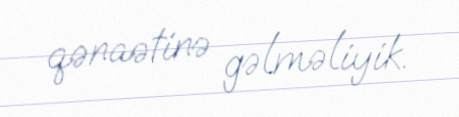
qənaətinə gəlməliyik.